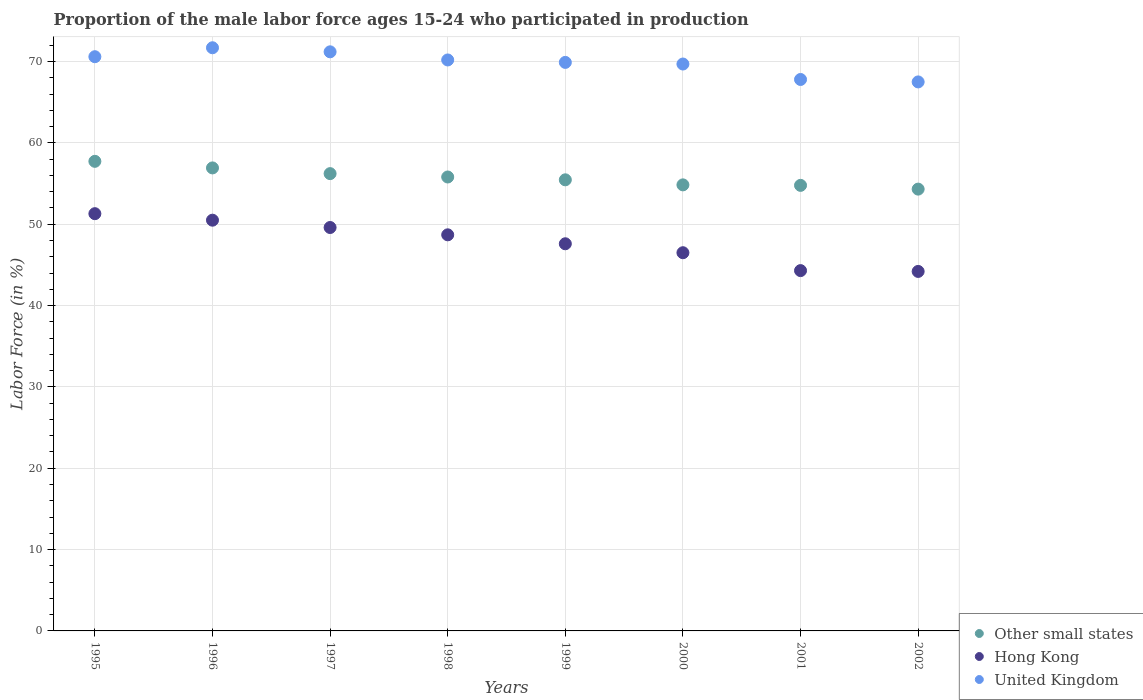
| Years | Other small states | Hong Kong | United Kingdom |
 | --- | --- | --- | --- |
 | 1995 | 57.7 | 51.3 | 70.6 |
 | 1996 | 56.9 | 50.5 | 71.7 |
 | 1997 | 56.2 | 49.6 | 71.2 |
 | 1998 | 55.8 | 48.7 | 70.2 |
 | 1999 | 55.5 | 47.6 | 69.9 |
 | 2000 | 54.8 | 46.5 | 69.7 |
 | 2001 | 54.8 | 44.3 | 67.8 |
 | 2002 | 54.3 | 44.2 | 67.5 |